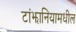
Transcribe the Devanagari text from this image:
टांझानियामधील